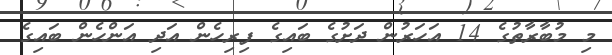
މި މުބާރާތުގެ 14 އަހަރުން ދަށުގެ ބައިގެ ފިރިހެން އަދި އަންހެން ބައިގެ